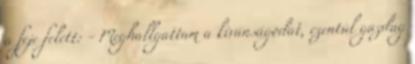
a feje felett: - Meghallgattam a kívánságodat, ezentúl gazdag